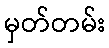
မှတ်တမ်း